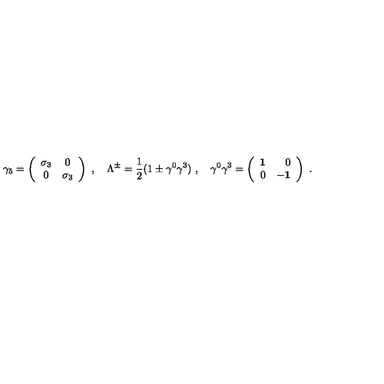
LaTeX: \gamma _ { { 5 } } = \left( \begin{array} { c c } { \sigma _ { 3 } } & { 0 } \\ { \noalign { \medskip } 0 } & { \sigma _ { 3 } } \\ \end{array} \right) \ , \quad \Lambda ^ { \pm } = \frac { 1 } { 2 } ( 1 \pm \gamma ^ { 0 } \gamma ^ { 3 } ) \ , \quad \gamma ^ { 0 } \gamma ^ { 3 } = \left( \begin{array} { r r } { { \bf 1 } } & { 0 } \\ { \noalign { \medskip } 0 } & { { \bf - 1 } } \\ \end{array} \right) \ .